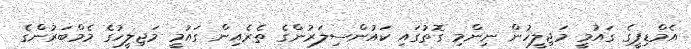
އެމްޑިޕީގެ ގައުމީ މަޖިލީހުން ނިންމި ގޮތުގައި ކައުންސިލަރުންގެ ތެރެއިން ގައުމީ މަޖިލީހުގެ މެމްބަރުންގެ